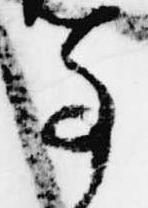
事